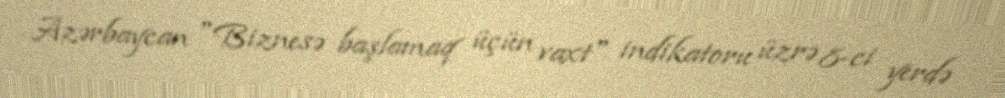
Azərbaycan "Biznesə başlamaq üçün vaxt" indikatoru üzrə 8-ci yerdə